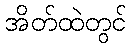
အိတ်ထဲတွင်